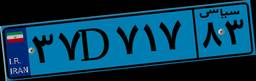
۳۷D۷۱۷۸۳